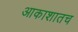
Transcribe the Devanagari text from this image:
आकाशातच